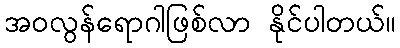
အဝလွန်ရောဂါဖြစ်လာ နိုင်ပါတယ်။